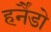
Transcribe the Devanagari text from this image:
हर्नैंडो